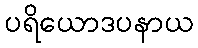
ပရိယောဒပနာယ